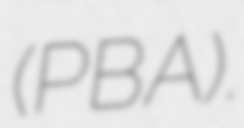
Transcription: (PBA).